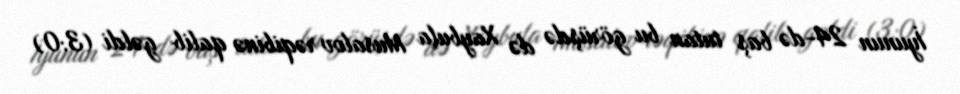
İyunun 24-də baş tutan bu görüşdə də Xaybula Musalov rəqibinə qalib gəldi (3:0)